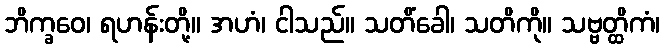
ဘိက္ခဝေ၊ ရဟန်းတို့။ အဟံ၊ ငါသည်။ သတိံခေါ၊ သတိကို။ သဗ္ဗတ္ထိကံ၊